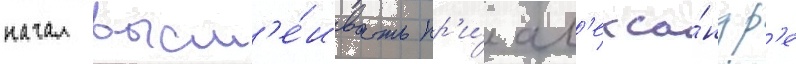
начал высм'е́ивать пр'и́ ал'екса́ндр'е